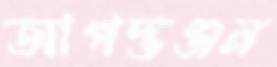
আপদ্‌ভঞ্জন